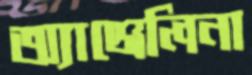
অ্যাঞ্জেলিনা